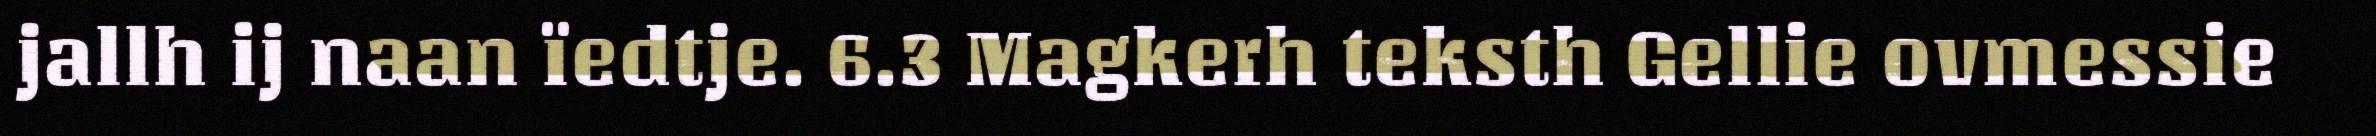
jallh ij naan ïedtje. 6.3 Magkerh teksth Gellie ovmessie